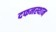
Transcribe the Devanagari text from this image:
दफनस्थान